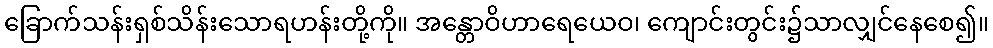
ခြောက်သန်းရှစ်သိန်းသောရဟန်းတို့ကို။ အန္တောဝိဟာရေယေဝ၊ ကျောင်းတွင်း၌သာလျှင်နေစေ၍။